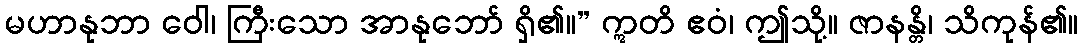
မဟာနုဘာ ဝေါ၊ ကြီးသော အာနုဘော် ရှိ၏။” ဣတိ ဧဝံ၊ ဤသို့။ ဇာနန္တိ၊ သိကုန်၏။